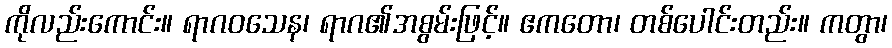
ကိုလည်းကောင်း။ ရာဂဝသေန၊ ရာဂ၏အစွမ်းဖြင့်။ ဧကတော၊ တစ်ပေါင်းတည်း။ ကတွာ၊